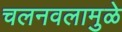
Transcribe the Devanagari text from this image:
चलनवलामुळे